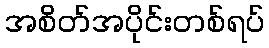
အစိတ်အပိုင်းတစ်ရပ်